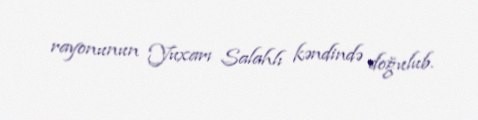
rayonunun Yuxarı Salahlı kəndində doğulub.